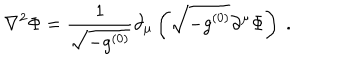
\nabla ^ { 2 } \Phi = \frac { 1 } { \sqrt { - g ^ { ( 0 ) } } } \partial _ { \mu } \left( \sqrt { - g ^ { ( 0 ) } } \partial ^ { \mu } \Phi \right) \ .